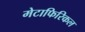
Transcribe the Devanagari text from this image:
मेटाफिरिकल